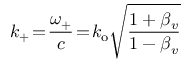
k _ { + } \! = \! \frac { \omega _ { + } } { c } \! = \! k _ { \mathrm { o } } \sqrt { \frac { 1 + \beta _ { v } } { 1 - \beta _ { v } } }